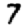
Digit: 7